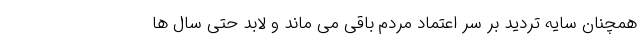
همچنان سایه تردید بر سر اعتماد مردم باقی می ماند و لابد حتی سال ها